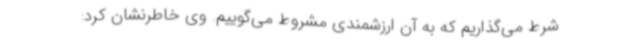
شرط می‌گذاریم که به آن ارزشمندی مشروط می‌گوییم. وی خاطرنشان کرد: